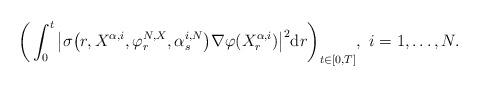
LaTeX: \begin{align*}\bigg(\int_0^t \big|\sigma \big(r, X^{\alpha,i}, \varphi^{N,X}_r,\alpha^{i,N}_s \big) \nabla \varphi(X^{\alpha,i}_r) \big|^2 \mathrm{d}r \bigg)_{t \in [0,T]},~i=1, \dots, N.\end{align*}